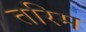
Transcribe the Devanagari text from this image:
तरिम